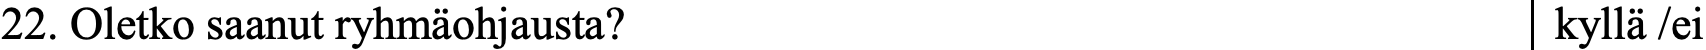
22. Oletko saanut ryhmäohjausta?                   kyllä /ei